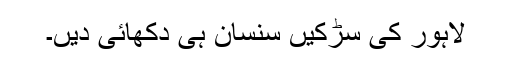
لاہور کی سڑکیں سنسان ہی دکھائی دیں۔